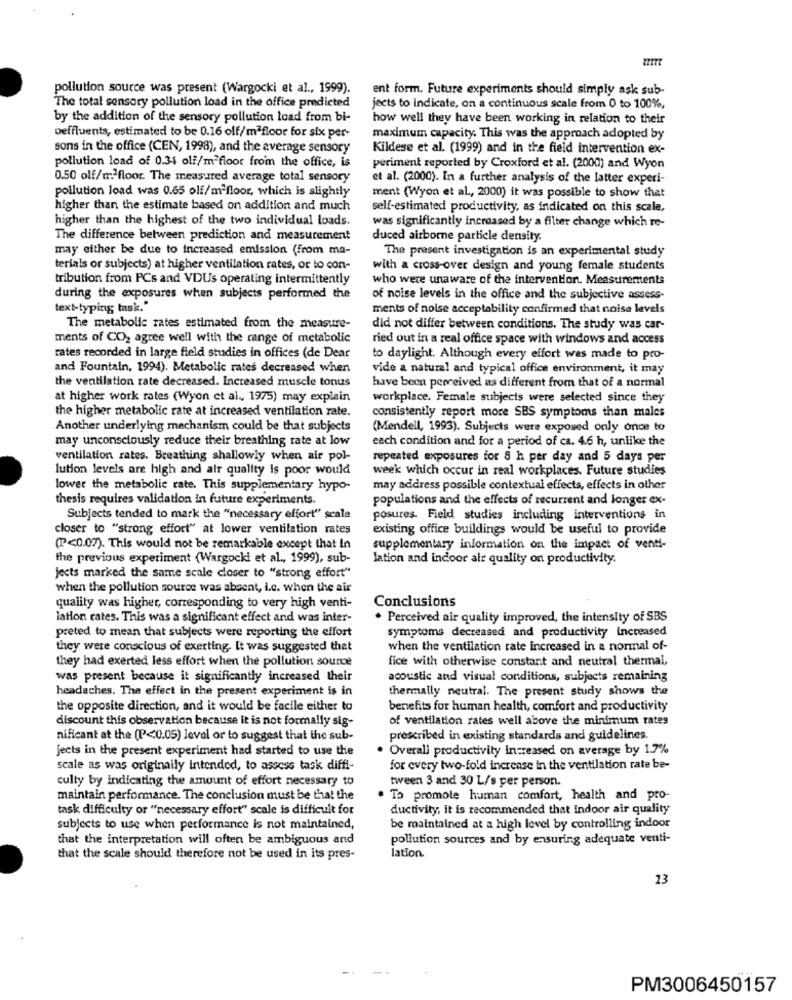
pollution source was present (Wargocki et al ., 1999).
ent form. Future experiments should simply ask sub-
The total sensory pollution load in the office predicted
jects to indicate, on a continuous scale from 0 to 100%,
by the addition of the sensory pollution load from bi-
how well they have been working in relation to their
oeffluents, estimated to be 0.16 off/mªfloor for six per-
maximum capacity. This was the approach adopted by
sons in the office (CEN, 1998), and the average sensory
Kildese et al. (1999) and in the field intervention ex-
pollution load of 0.34 olf/mªfloor from the office, is
periment reported by Croxford et al. (2000) and Wyon
0.50 olf/m floor. The measured average total sensory
et al. (2000). In a further analysis of the latter experi-
pollution load was 0.65 olf/mªfloor, which is slightly
ment (Wyon et al ., 2000) it was possible to show that
higher than the estimate based on addition and much
self-estimated productivity, as indicated on this scale,
higher than the highest of the two individual loads.
was significantly increased by a filter change which re-
The difference between prediction and measurement
duced airborne particle density.
may either be due to increased emission (from ma-
The present investigation is an experimental study
terials or subjects) at higher ventilation rates, or to con-
with a cross-over design and young female students
tribution from PCs and VDUs operating intermittently
who were unaware of the intervention. Measurements
during the exposures when subjects performed the
of noise levels in the office and the subjective assess-
text-typing task."
ments of noise acceptability confirmed that noise levels
The metabolic rates estimated from the measure-
did not differ between conditions. The study was car-
ments of CO2 agree well with the range of metabolic
ried out in a real office space with windows and access
rates recorded in large field studies in offices (de Dear
to daylight. Although every effort was made to pro-
and Fountain, 1994). Metabolic rates decreased when
vide a natural and typical office environment, it may
the ventilation rate decreased. Increased muscle tonus
have been perceived as different from that of a normal
at higher work rates (Wyon et al ., 1975) may explain
workplace. Female subjects were selected since they
the higher metabolic rate at increased ventilation rate.
consistently report more SBS symptoms than males
Another underlying mechanism could be that subjects
(Mendell, 1993). Subjects were exposed only once to
may unconsciously reduce their breathing rate at low
each condition and for a period of ca. 4.6 h, unlike the
ventilation rates. Breathing shallowly when air pol-
repeated exposures for 8 h per day and 5 days per
lution levels are high and air quality is poor would
week which occur in real workplaces. Future studies
lower the metabolic rate. This supplementary hypo-
may address possible contextual effects, effects in other
thesis requires validation in future experiments.
populations and the effects of recurrent and longer ex-
Subjects tended to mark the "necessary effort"' scale
posures. Field studies including interventions in
closer to "strong effort" at lower ventilation rates
existing office buildings would be useful to provide
(P<0.07). This would not be remarkable except that In
supplementary information on the impact of venti-
the previous experiment (Wargocki et al ., 1999), sub-
lation and indoor air quality on productivity.
Jects marked the same scale closer to "strong effort"
when the pollution source was absent, i.c. when the air
quality was higher, corresponding to very high venti-
Conclusions
lation cates. This was a significant effect and was inter-
. Perceived air quality improved, the intensity of SBS
symptoms decreased and productivity increased
preted to mean that subjects were reporting the effort
they were conscious of exerting. It was suggested that
when the ventilation rate increased in a normal of-
they had exerted less effort when the pollution source
fice with otherwise constant and neutral thermal,
was present because it significantly increased their
acoustic and visual conditions, subjects remaining
headaches. The effect in the present experiment is in
thermally neutral. The present study shows the
the opposite direction, and it would be facile either to
benefits for human health, comfort and productivity
discount this observation because it is not formally sig-
of ventilation rates well above the minimum rates
nificant at the (P<0.05) level or to suggest that the sub-
prescribed in existing standards and guidelines.
jects in the present experiment had started to use the
Overall productivity increased on average by 1.7%
scale as was originally intended, to assess task diffi-
for every two-fold increase in the ventilation rate be-
culty by indicating the amount of effort necessary to
tween 3 and 30 L/s per person.
maintain performance. The conclusion must be that the
To promote human comfort, health and pro-
task difficulty or "necessary effort" scale is difficult for
ductivity, it is recommended that indoor air quality
subjects to use when performance is not maintained,
be maintained at a high level by controlling indoor
that the interpretation will often be ambiguous and
pollution sources and by ensuring adequate venti-
that the scale should therefore not be used in its pres-
lation.
13
PM3006450157